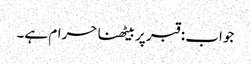
جواب : قبر پر بیٹھنا حرام ہے۔